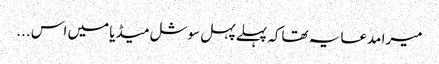
میرا مدعا یہ تھاکہ پہلے پہل سوشل میڈیا میں اس ...